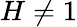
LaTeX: H\neq 1